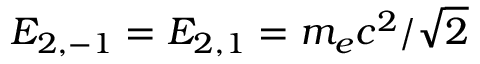
E _ { 2 , - 1 } = E _ { 2 , 1 } = m _ { e } c ^ { 2 } / \sqrt { 2 }